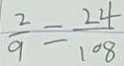
\frac { 2 } { 9 } = \frac { 2 4 } { 1 0 8 }